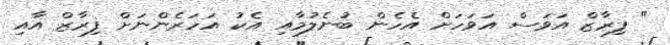
" ފިރާޒް އަވަސް އަވަހަށް އެހެން ބުނެލުމާއި އެކު އަހަރެންނަށް ފިރާޒް އާއި